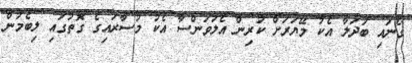
ގެނައި ބަދަލާ އެކު މޭޔަރަށް ކުރިން އެލަވަންސާ އެކު މުސާރައިގެ ގޮތުގައި ލިބެމުން